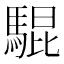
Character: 騉